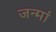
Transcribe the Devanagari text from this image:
जन्मां